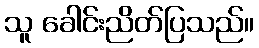
သူ ခေါင်းညိတ်ပြသည်။